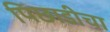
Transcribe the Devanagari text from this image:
पिछाडीचा